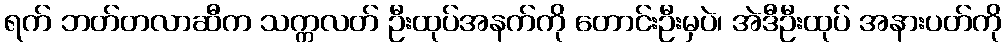
ရက် ဘတ်တလာဆီက သက္ကလတ် ဦးထုပ်အနက်ကို တောင်းဦးမှပဲ၊ အဲဒီဦးထုပ် အနားပတ်ကို